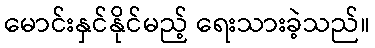
မောင်းနှင်နိုင်မည့် ရေးသားခဲ့သည်။